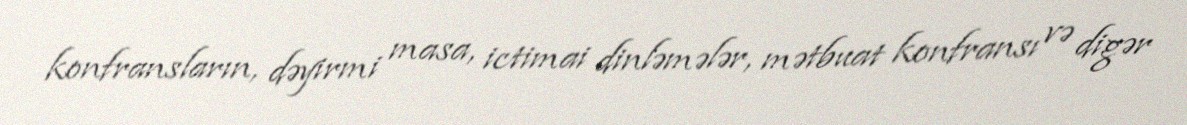
konfransların, dəyirmi masa, ictimai dinləmələr, mətbuat konfransı və digər